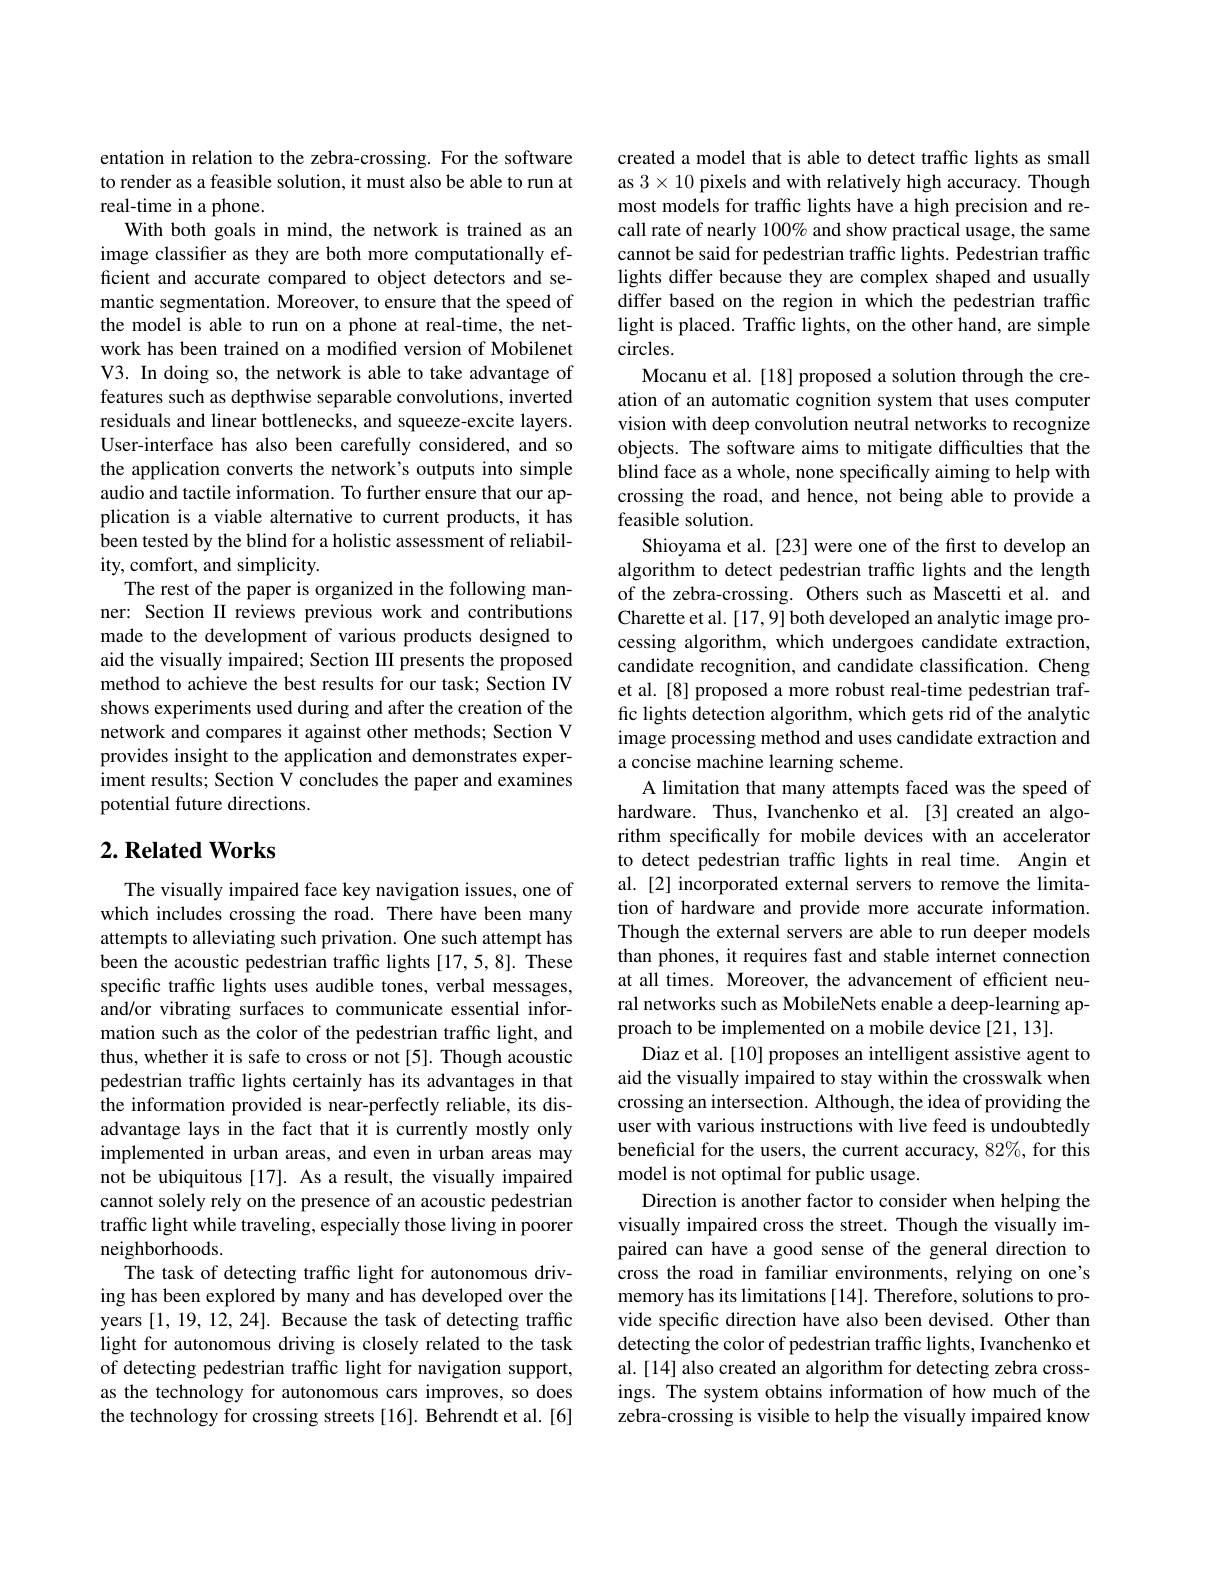
entation in relation to the zebra-crossing. For the software to render as a feasible solution, it must also be able to run at real-time in a phone.
With both goals in mind, the network is trained as an image classifier as they are both more computationally efficient and accurate compared to object detectors and semantic segmentation. Moreover, to ensure that the speed of the model is able to run on a phone at real-time, the network has been trained on a modified version of Mobilenet V3. In doing so, the network is able to take advantage of features such as depthwise separable convolutions, inverted residuals and linear bottlenecks, and squeeze-excite layers. User-interface has also been carefully considered, and so the application converts the network's outputs into simple audio and tactile information. To further ensure that our application is a viable alternative to current products, it has been tested by the blind for a holistic assessment of reliability, comfort, and simplicity.
The rest of the paper is organized in the following manner: Section II reviews previous work and contributions made to the development of various products designed to aid the visually impaired; Section III presents the proposed method to achieve the best results for our task; Section IV shows experiments used during and after the creation of the network and compares it against other methods; Section V provides insight to the application and demonstrates experiment results; Section V concludes the paper and examines potential future directions.

## $2. \textbf{Related Works}$

The visually impaired face key navigation issues, one of which includes crossing the road. There have been many attempts to alleviating such privation. One such attempt has been the acoustic pedestrian traffic lights [17,5,8]. These specific traffic lights uses audible tones, verbal messages, and/or vibrating surfaces to communicate essential information such as the color of the pedestrian traffic light, and thus, whether it is safe to cross or not [5]. Though acoustic pedestrian traffic lights certainly has its advantages in that the information provided is near-perfectly reliable, its disadvantage lays in the fact that it is currently mostly only implemented in urban areas, and even in urban areas may not be ubiquitous [17]. As a result, the visually impaired cannot solely rely on the presence of an acoustic pedestrian traffic light while traveling, especially those living in poorer neighborhoods.
The task of detecting traffic light for autonomous driving has been explored by many and has developed over the years [1,19,12,24]. Because the task of detecting traffic light for autonomous driving is closely related to the task of detecting pedestrian traffic light for navigation support, as the technology for autonomous cars improves, so does the technology for crossing streets[16]. Behrendt et al.[6]

created a model that is able to detect traffic lights as small as $3\times10$ pixels and with relatively high accuracy. Though most models for traffic lights have a high precision and recall rate of nearly 100% and show practical usage, the same cannot be said for pedestrian traffic lights. Pedestrian traffic lights differ because they are complex shaped and usually differ based on the region in which the pedestrian traffic light is placed. Traffic lights, on the other hand, are simple circles.
Mocanu et al. [18] proposed a solution through the creation of an automatic cognition system that uses computer vision with deep convolution neutral networks to recognize objects. The software aims to mitigate difficulties that the blind face as a whole, none specifically aiming to help with crossing the road, and hence, not being able to provide a feasible solution.
Shioyama et al. [23] were one of the first to develop an algorithm to detect pedestrian traffic lights and the length of the zebra-crossing. Others such as Mascetti et al. and Charette et al. [17,9] both developed an analytic image processing algorithm, which undergoes candidate extraction, candidate recognition, and candidate classification. Cheng et al. [8] proposed a more robust real-time pedestrian traffic lights detection algorithm, which gets rid of the analytic image processing method and uses candidate extraction and a concise machine learning scheme.
A limitation that many attempts faced was the speed of hardware. Thus, Ivanchenko et al. [3] created an algorithm specifically for mobile devices with an accelerator to detect pedestrian traffic lights in real time. Angin et al. [2] incorporated external servers to remove the limitation of hardware and provide more accurate information. Though the external servers are able to run deeper models than phones, it requires fast and stable internet connection at all times. Moreover, the advancement of efficient neural networks such as MobileNets enable a deep-learning approach to be implemented on a mobile device [21, 13].
Diaz et al. [10] proposes an intelligent assistive agent to aid the visually impaired to stay within the crosswalk when crossing an intersection. Although, the idea of providing the user with various instructions with live feed is undoubtedly beneficial for the users, the current accuracy, 82%, for this model is not optimal for public usage.
Direction is another factor to consider when helping the visually impaired cross the street. Though the visually impaired can have a good sense of the general direction to cross the road in familiar environments, relying on one's memory has its limitations [14]. Therefore, solutions to provide specific direction have also been devised. Other than detecting the color of pedestrian traffic lights, Ivanchenko et al. [14] also created an algorithm for detecting zebra crossings. The system obtains information of how much of the zebra-crossing is visible to help the visually impaired know